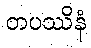
တပဿိနံ